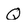
Character: Q